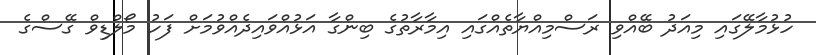
ހުޅުމާލޭގައި މިއަދު ބޭއްވި ރަސްމިއްޔާތެއްގައި އިމާރާތުގެ ބިންގާ އަޅުއްވައިދެއްވުމަށް ފަހު މޯލްޑިވް ގޭސްގެ